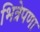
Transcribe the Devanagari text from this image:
भित्रेपणा